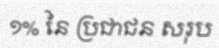
១% នៃ ប្រជាជន សរុប